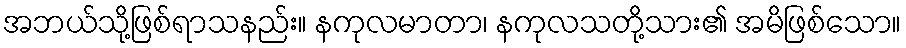
အဘယ်သို့ဖြစ်ရာသနည်း။ နကုလမာတာ၊ နကုလသတို့သား၏ အမိဖြစ်သော။